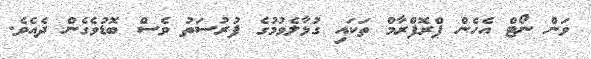
ވަން ނޯޓް އެހެން ޕްރޮފްރާމް ތަކައި ގުޅާލެވުމުގެ ފުރުސަތު ވެސް ބޮޑުވެގެން ދެއެވެ.